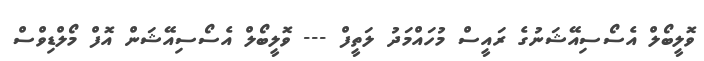
ވޮލީބޯލް އެސޯސިއޭޝަނުގެ ރައީސް މުހައްމަދު ލަތީފް --- ވޮލީބޯލް އެސޯސިއޭޝަން އޮފް މޯލްޑިވްސް